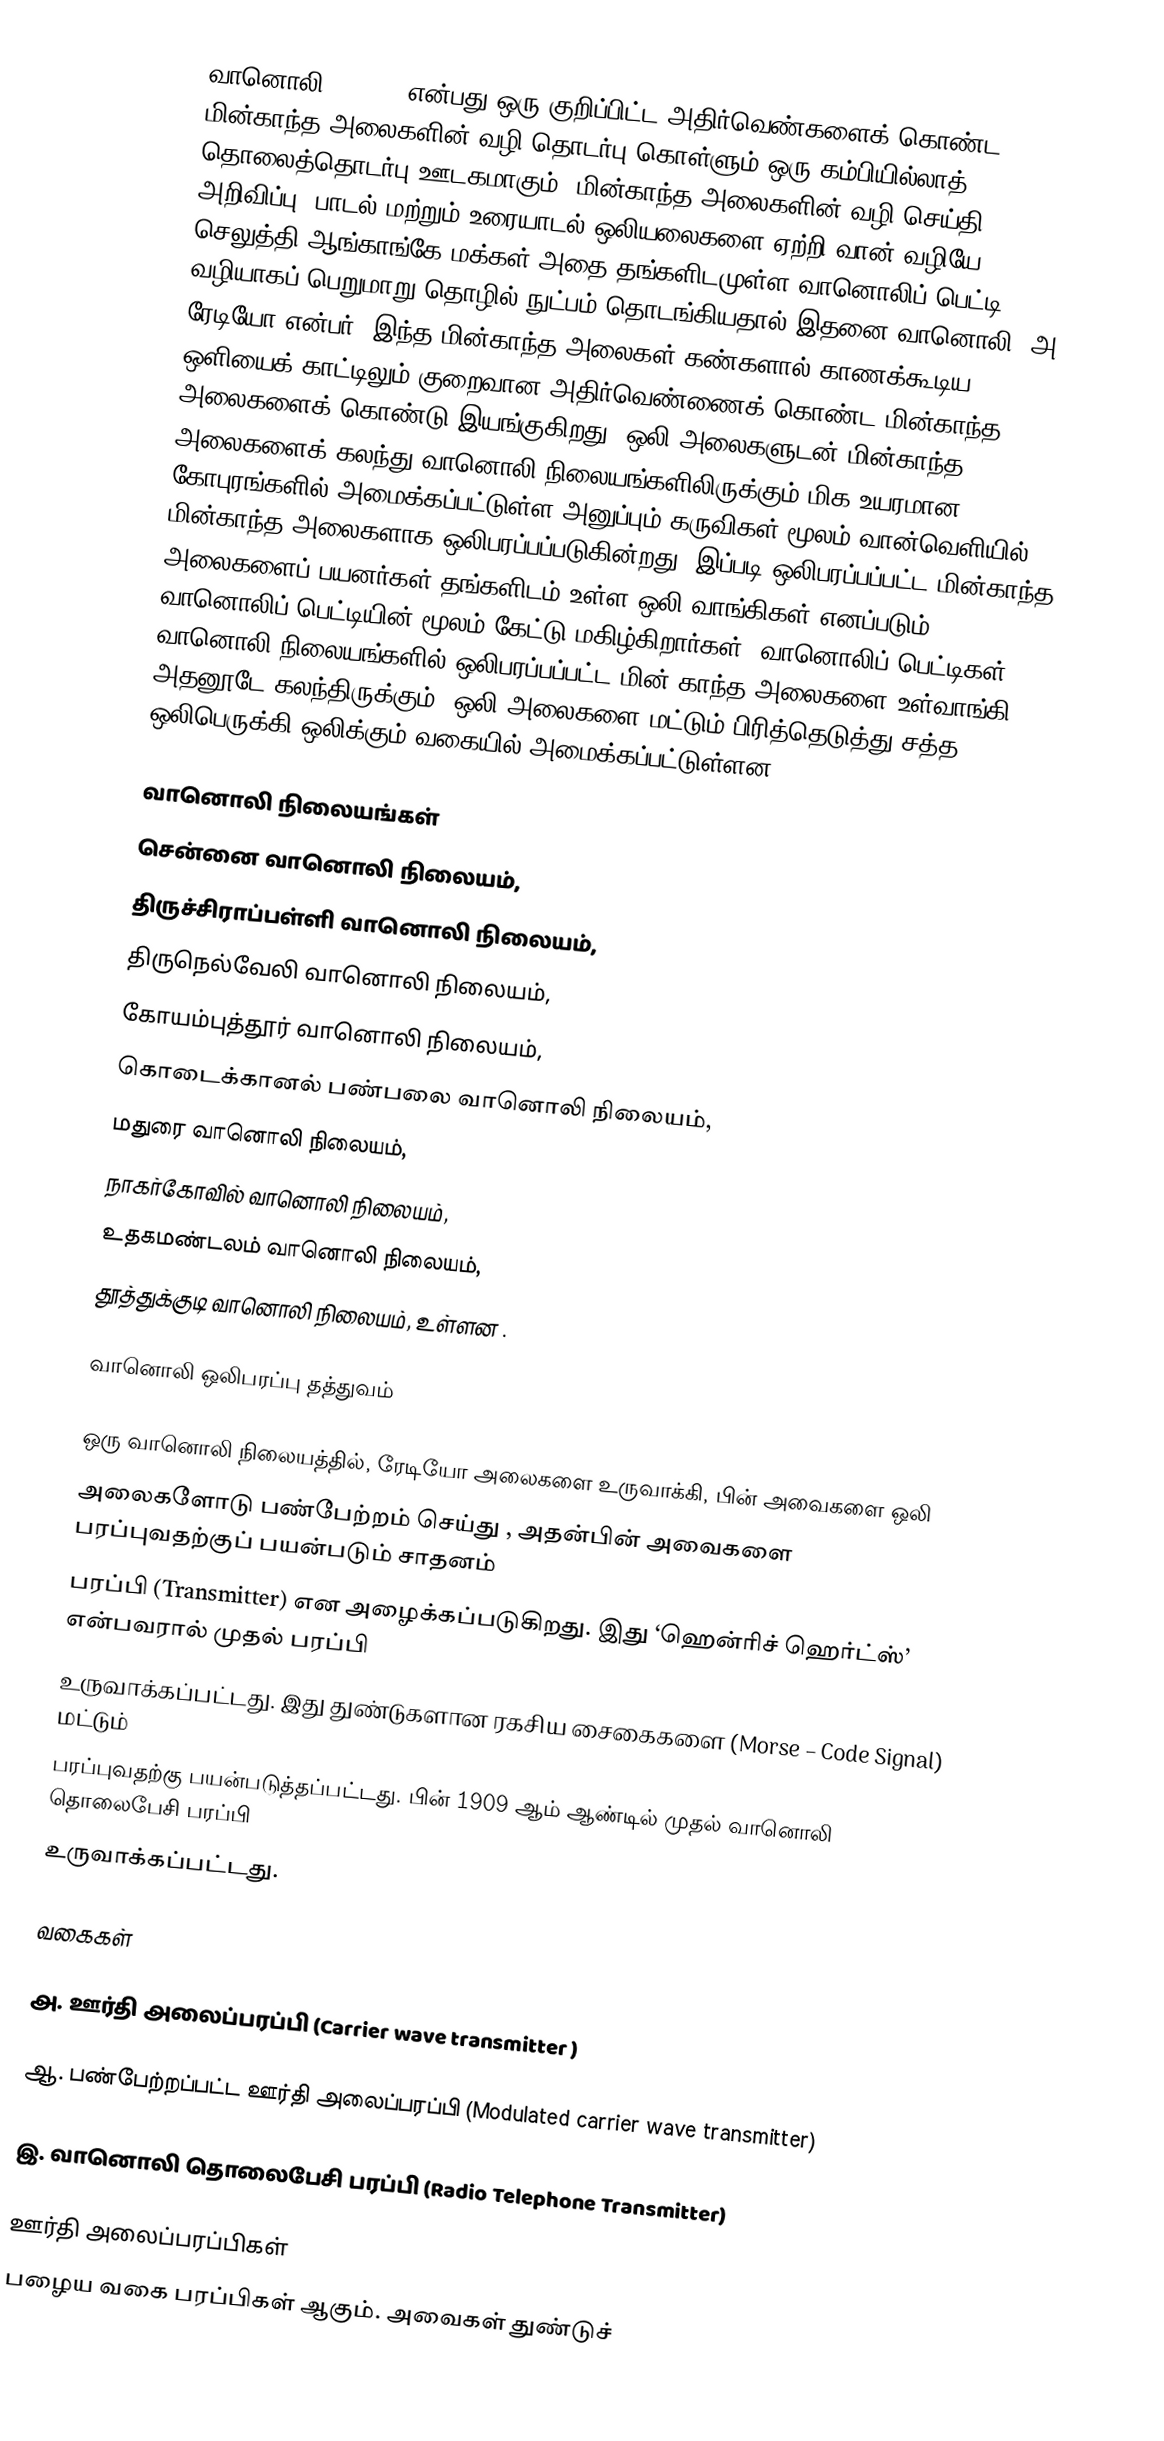
வானொலி (Radio) என்பது ஒரு குறிப்பிட்ட அதிர்வெண்களைக் கொண்ட மின்காந்த அலைகளின் வழி தொடர்பு கொள்ளும் ஒரு கம்பியில்லாத் தொலைத்தொடர்பு ஊடகமாகும். மின்காந்த அலைகளின் வழி செய்தி, அறிவிப்பு, பாடல் மற்றும் உரையாடல் ஒலியலைகளை ஏற்றி வான் வழியே செலுத்தி ஆங்காங்கே மக்கள் அதை தங்களிடமுள்ள வானொலிப் பெட்டி வழியாகப் பெறுமாறு தொழில் நுட்பம் தொடங்கியதால் இதனை வானொலி (அ) ரேடியோ என்பர். இந்த மின்காந்த அலைகள் கண்களால் காணக்கூடிய ஒளியைக் காட்டிலும் குறைவான அதிர்வெண்ணைக் கொண்ட மின்காந்த அலைகளைக் கொண்டு இயங்குகிறது. ஒலி அலைகளுடன் மின்காந்த அலைகளைக் கலந்து வானொலி நிலையங்களிலிருக்கும் மிக உயரமான கோபுரங்களில் அமைக்கப்பட்டுள்ள அனுப்பும் கருவிகள் மூலம் வான்வெளியில் மின்காந்த அலைகளாக ஒலிபரப்பப்படுகின்றது. இப்படி ஒலிபரப்பப்பட்ட மின்காந்த அலைகளைப் பயனர்கள் தங்களிடம் உள்ள ஒலி வாங்கிகள் எனப்படும் வானொலிப் பெட்டியின் மூலம் கேட்டு மகிழ்கிறார்கள். வானொலிப் பெட்டிகள், வானொலி நிலையங்களில் ஒலிபரப்பப்பட்ட மின் காந்த அலைகளை உள்வாங்கி, அதனூடே கலந்திருக்கும், ஒலி அலைகளை மட்டும் பிரித்தெடுத்து சத்த ஒலிபெருக்கி ஒலிக்கும் வகையில் அமைக்கப்பட்டுள்ளன.

வானொலி  நிலையங்கள்
சென்னை வானொலி நிலையம்,
திருச்சிராப்பள்ளி வானொலி நிலையம்,
திருநெல்வேலி வானொலி நிலையம்,
கோயம்புத்தூர் வானொலி நிலையம்,
கொடைக்கானல் பண்பலை வானொலி நிலையம்,
மதுரை வானொலி நிலையம்,
நாகர்கோவில் வானொலி நிலையம்,
உதகமண்டலம் வானொலி நிலையம்,
தூத்துக்குடி வானொலி நிலையம்,   உள்ளன .

வானொலி ஒலிபரப்பு தத்துவம்

ஒரு வானொலி நிலையத்தில், ரேடியோ அலைகளை உருவாக்கி, பின் அவைகளை ஒலி
அலைகளோடு பண்பேற்றம் செய்து , அதன்பின் அவைகளை பரப்புவதற்குப் பயன்படும் சாதனம்
பரப்பி (Transmitter) என அழைக்கப்படுகிறது. இது ‘ஹென்ரிச் ஹெர்ட்ஸ்’ என்பவரால் முதல் பரப்பி
உருவாக்கப்பட்டது. இது துண்டுகளான ரகசிய சைகைகளை (Morse – Code Signal) மட்டும்
பரப்புவதற்கு பயன்படுத்தப்பட்டது. பின் 1909 ஆம் ஆண்டில் முதல் வானொலி தொலைபேசி பரப்பி
உருவாக்கப்பட்டது.

வகைகள்

அ. ஊர்தி அலைப்பரப்பி (Carrier wave transmitter )

ஆ. பண்பேற்றப்பட்ட ஊர்தி அலைப்பரப்பி (Modulated carrier wave transmitter)

இ. வானொலி தொலைபேசி பரப்பி  (Radio Telephone Transmitter)

ஊர்தி அலைப்பரப்பிகள்
பழைய வகை பரப்பிகள் ஆகும். அவைகள் துண்டுச்